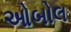
ઓબોલ